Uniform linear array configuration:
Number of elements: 32
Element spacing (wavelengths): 0.5
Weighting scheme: blackman
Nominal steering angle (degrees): -15
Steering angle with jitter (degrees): -15.849
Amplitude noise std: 0.05
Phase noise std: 0.05

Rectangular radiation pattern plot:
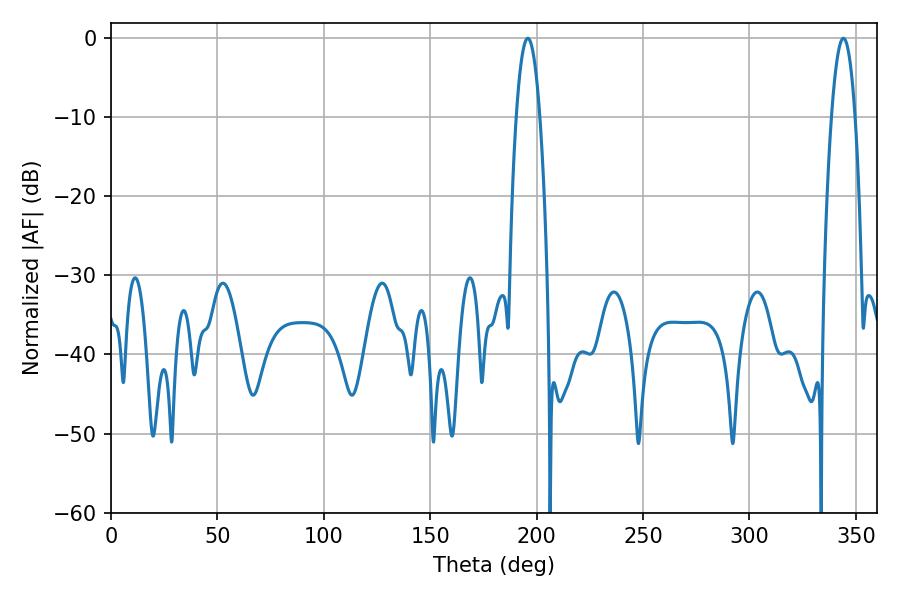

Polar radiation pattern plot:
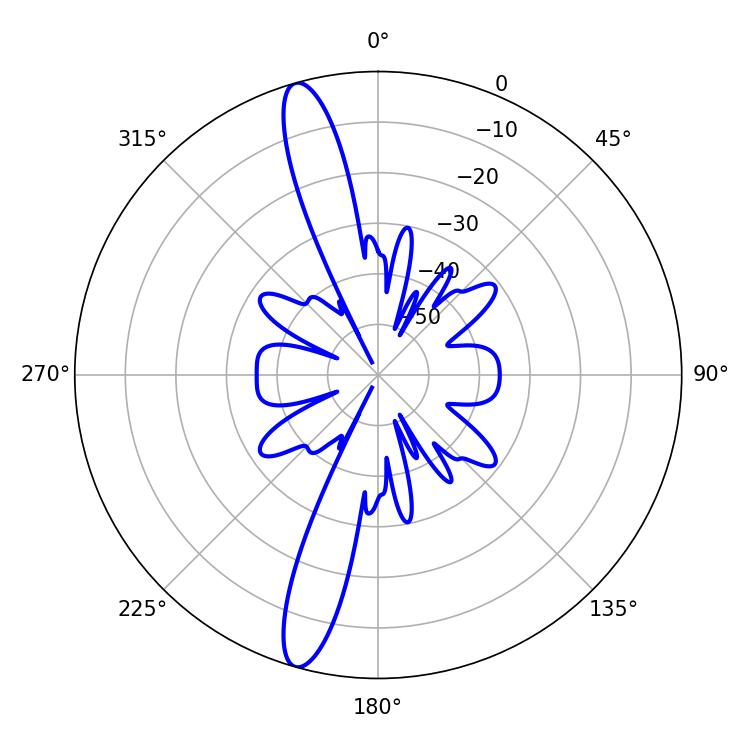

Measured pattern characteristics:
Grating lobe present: FALSE
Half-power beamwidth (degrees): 6.12
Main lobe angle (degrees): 195.84